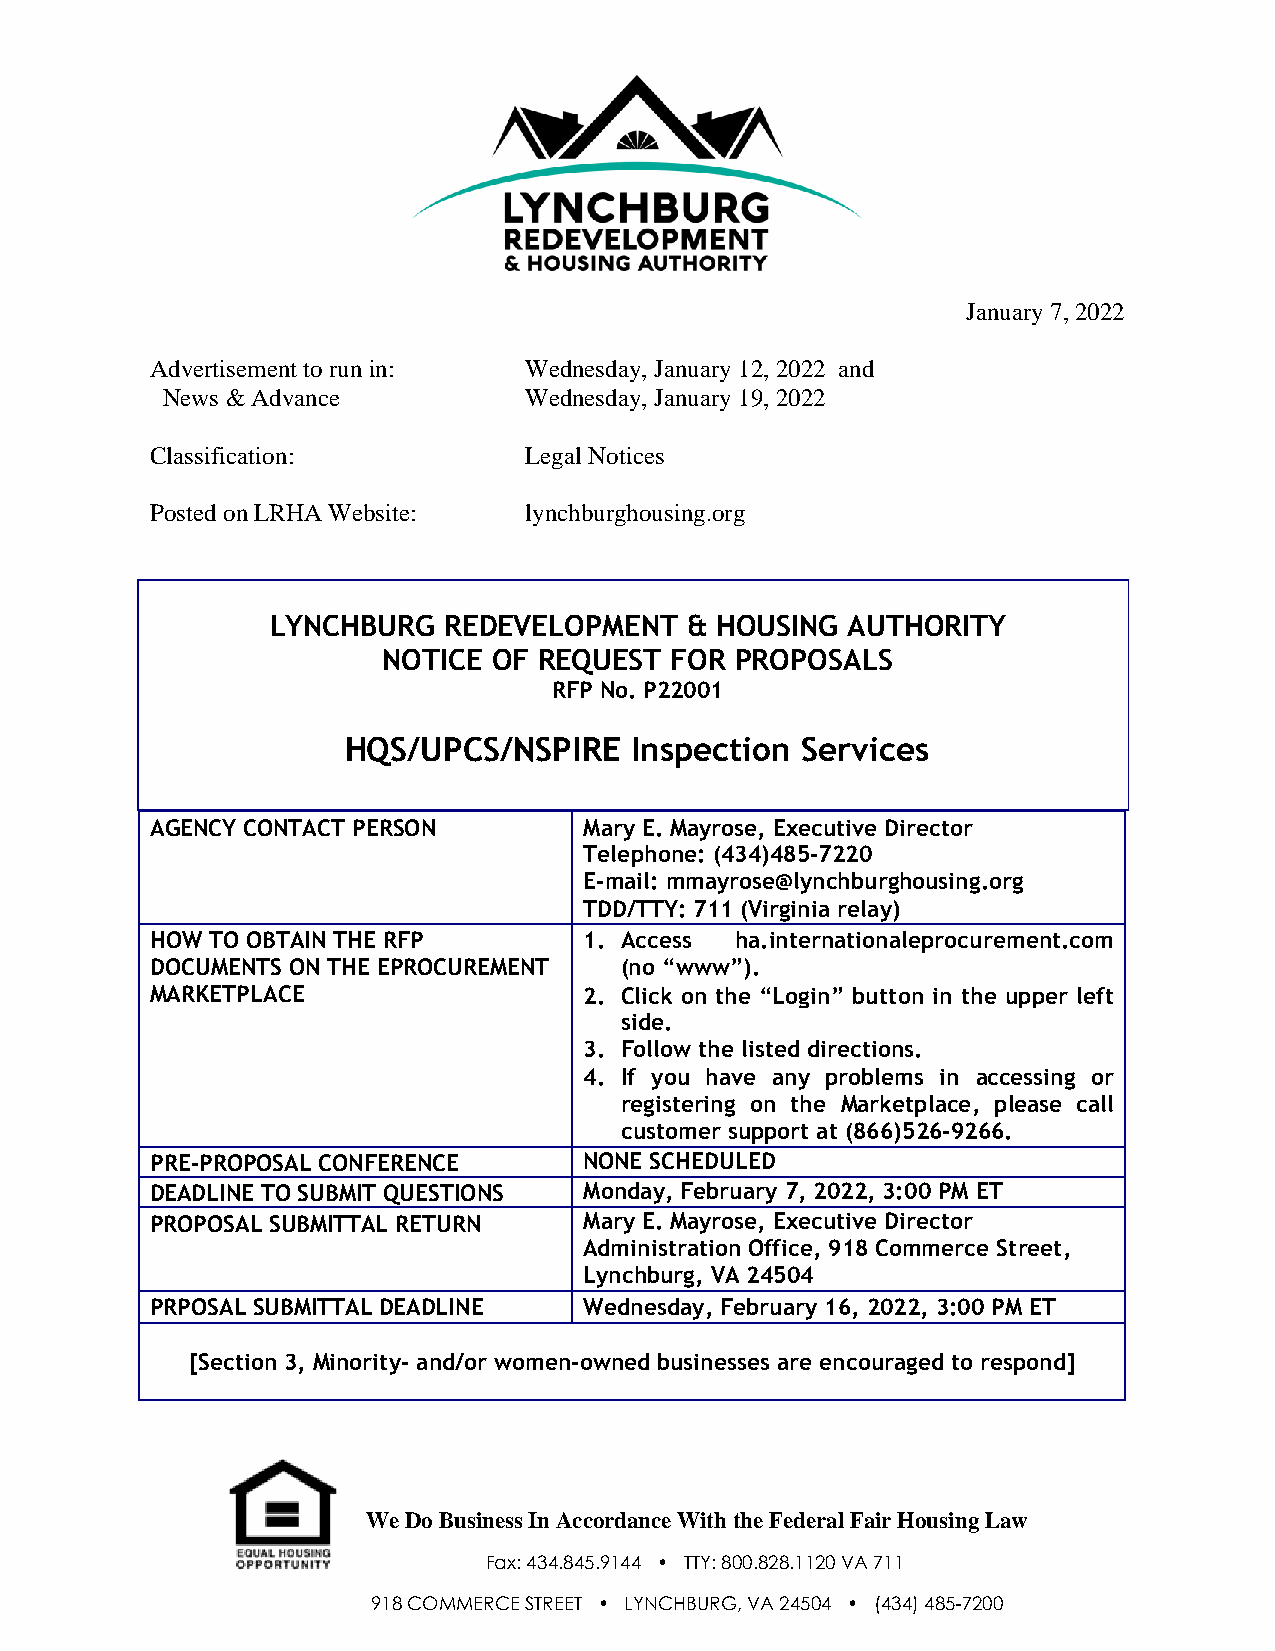
January 7, 2022
 Advertisement to run in: Wednesday, January 12, 2022 and
 News & Advance          Wednesday, January 19, 2022
 Classification:          Legal Notices
 Posted on LRHA Website:  lynchburghousing.org
 LYNCHBURG  REDEVELOPMENT   & HOUSING  AUTHORITY
 NOTICE  OF REQUEST FOR  PROPOSALS
 RFP No. P22001
 HQS/UPCS/NSPIRE    Inspection Services
 AGENCY CONTACT PERSON        Mary E. Mayrose, Executive Director
 Telephone: (434)485-7220
 E-mail: mmayrose@lynchburghousing.org
 TDD/TTY: 711 (Virginia relay)
 HOW TO OBTAIN THE RFP        1. Access ha.internationaleprocurement.com
 DOCUMENTS ON THE EPROCUREMENT  (no “www”).
 MARKETPLACE                  2. Click on the “Login” button in the upper left
 side.
 3. Follow the listed directions.
 4. If you have any problems in accessing or
 registering on the Marketplace, please call
 customer support at (866)526-9266.
 PRE-PROPOSAL CONFERENCE      NONE SCHEDULED
 DEADLINE TO SUBMIT QUESTIONS Monday, February 7, 2022, 3:00 PM ET
 PROPOSAL SUBMITTAL RETURN    Mary E. Mayrose, Executive Director
 Administration Office, 918 Commerce Street,
 Lynchburg, VA 24504
 PRPOSAL SUBMITTAL DEADLINE   Wednesday, February 16, 2022, 3:00 PM ET
 [Section 3, Minority- and/or women-owned businesses are encouraged to respond]
 We Do Business In Accorda nce With the Federal Fair Housing Law
 Fax: 434.845.9144 • TTY: 800.828.1120 VA 711
 918 COMMERCE STREET • LYNCHBURG, VA 24504 • (434) 485-7200